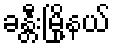
ခန္တီးမြို့နယ်